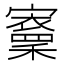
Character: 𡫵